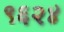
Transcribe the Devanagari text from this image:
९६२४